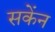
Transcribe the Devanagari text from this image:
सकेंन